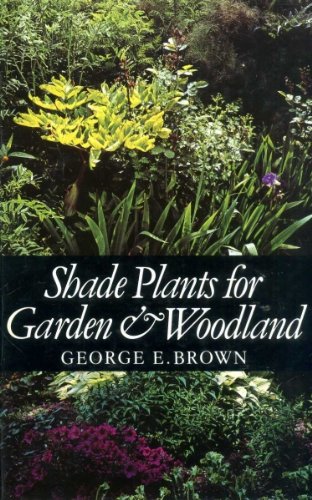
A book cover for Shade Plants for Garden and Woodland; George E. Brown; Crafts, Hobbies & Home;